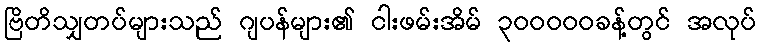
ဗြိတိသျှတပ်များသည် ဂျပန်များ၏ ငါးဖမ်းအိမ် ၃၀၀၀၀၀ခန့်တွင် အလုပ်